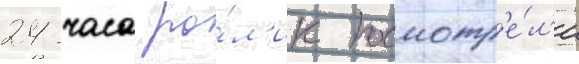
24 часа ро́л'ик посмотр'е́л'и